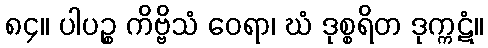
၈၄။ ပါပဉ္စ ကိဗ္ဗိသံ ဝေရာ၊ ဃံ ဒုစ္စရိတ ဒုက္ကဋံ။